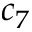
c _ { 7 }